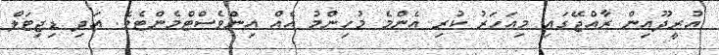
އުރީދޫއިން ރާއްޖޭގައި މިއަހަރު ކުރި އެންމެ މުހިންމު އެއް އިންވެސްޓްމެންޓެވެ. އަދި ޑިޖިޓަލް